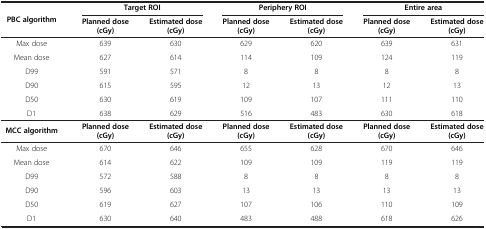
<table><thead><tr><td rowspan="2"><b>PBC algorithm</b></td><td colspan="2"><b>Target ROI</b></td><td colspan="2"><b>Periphery ROI</b></td><td colspan="2"><b>Entire area</b></td></tr><tr><td><b>Planned dose (cGy)</b></td><td><b>Estimated dose (cGy)</b></td><td><b>Planned dose (cGy)</b></td><td><b>Estimated dose (cGy)</b></td><td><b>Planned dose (cGy)</b></td><td><b>Estimated dose (cGy)</b></td></tr></thead><tbody><tr><td>Max dose</td><td>639</td><td>630</td><td>629</td><td>620</td><td>639</td><td>631</td></tr><tr><td>Mean dose</td><td>627</td><td>614</td><td>114</td><td>109</td><td>124</td><td>119</td></tr><tr><td>D99</td><td>591</td><td>571</td><td>8</td><td>8</td><td>8</td><td>8</td></tr><tr><td>D90</td><td>615</td><td>595</td><td>12</td><td>13</td><td>12</td><td>13</td></tr><tr><td>D50</td><td>630</td><td>619</td><td>109</td><td>107</td><td>111</td><td>110</td></tr><tr><td>D1</td><td>638</td><td>629</td><td>516</td><td>483</td><td>630</td><td>618</td></tr><tr><td><b>MCC algorithm</b></td><td><b>Planned dose (cGy)</b></td><td><b>Estimated dose (cGy)</b></td><td><b>Planned dose (cGy)</b></td><td><b>Estimated dose (cGy)</b></td><td><b>Planned dose (cGy)</b></td><td><b>Estimated dose (cGy)</b></td></tr><tr><td>Max dose</td><td>670</td><td>646</td><td>655</td><td>628</td><td>670</td><td>646</td></tr><tr><td>Mean dose</td><td>614</td><td>622</td><td>109</td><td>109</td><td>119</td><td>119</td></tr><tr><td>D99</td><td>572</td><td>588</td><td>8</td><td>8</td><td>8</td><td>8</td></tr><tr><td>D90</td><td>596</td><td>603</td><td>13</td><td>13</td><td>13</td><td>13</td></tr><tr><td>D50</td><td>619</td><td>627</td><td>107</td><td>106</td><td>110</td><td>109</td></tr><tr><td>D1</td><td>630</td><td>640</td><td>483</td><td>488</td><td>618</td><td>626</td></tr></tbody></table>